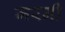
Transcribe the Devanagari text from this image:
जरनी